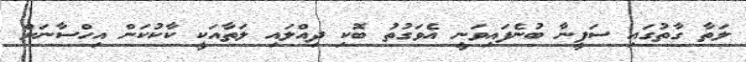
ލަތާ ގާތުގައި ސަފީނާ ބުނެފައިވަނީ އެވަގުތު ބޮކި ދިއްލައި ލަތާއަކީ ކާކުކަން އިހްސާނަށް